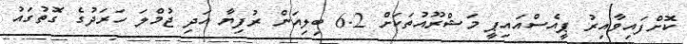
ކޮށްފައިވާއިރު ޕީއެސްއައިޕީ މަޝްރޫއުތަކަށް 6.2 ބިލިއަން ރުފިޔާ އަދި ޖުމްލަ ހަރަދުގެ ގޮތުގައު